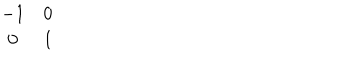
LaTeX: \begin{array} { c c } { { - 1 } } & { { 0 } } \\ { { 0 } } & { { 1 } } \\ \end{array}